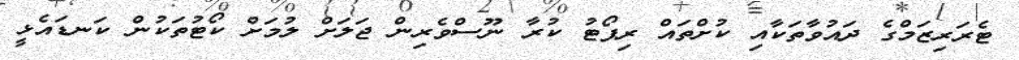
ޓެރަރިޒަމްގެ ދައުވާތަކާއި ކުށްތައް ރިޕޯޓު ކުރާ ނޫސްވެރިން ޖަލަށް ލުމަށް ކޯޓުތަކުން ކަނޑައެޅީ